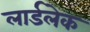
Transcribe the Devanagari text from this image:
लार्डलेक